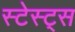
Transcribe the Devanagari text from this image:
स्टेस्ट्स